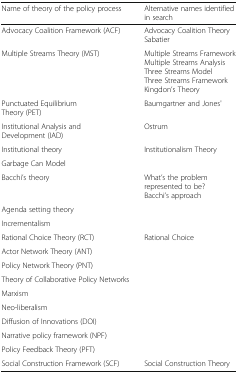
<table><thead><tr><td><b>Name of theory of the policy process</b></td><td><b>Alternative names identified in search</b></td></tr></thead><tbody><tr><td>Advocacy Coalition Framework (ACF)</td><td>Advocacy Coalition TheorySabatier</td></tr><tr><td>Multiple Streams Theory (MST)</td><td>Multiple Streams FrameworkMultiple Streams AnalysisThree Streams ModelThree Streams FrameworkKingdon’s Theory</td></tr><tr><td>Punctuated Equilibrium Theory (PET)</td><td>Baumgartner and Jones&#x27;</td></tr><tr><td>Institutional Analysis and Development (IAD)</td><td>Ostrum</td></tr><tr><td>Institutional theory</td><td>Institutionalism Theory</td></tr><tr><td>Garbage Can Model</td><td></td></tr><tr><td>Bacchi’s theory</td><td>What’s the problem represented to be?Bacchi’s approach</td></tr><tr><td>Agenda setting theory</td><td></td></tr><tr><td>Incrementalism</td><td></td></tr><tr><td>Rational Choice Theory (RCT)</td><td>Rational Choice</td></tr><tr><td>Actor Network Theory (ANT)</td><td></td></tr><tr><td>Policy Network Theory (PNT)</td><td></td></tr><tr><td>Theory of Collaborative Policy Networks</td><td></td></tr><tr><td>Marxism</td><td></td></tr><tr><td>Neo-liberalism</td><td></td></tr><tr><td>Diffusion of Innovations (DOI)</td><td></td></tr><tr><td>Narrative policy framework (NPF)</td><td></td></tr><tr><td>Policy Feedback Theory (PFT)</td><td></td></tr><tr><td>Social Construction Framework (SCF)</td><td>Social Construction Theory</td></tr></tbody></table>